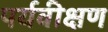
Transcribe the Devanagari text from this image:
पर्यवीक्षण